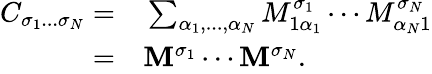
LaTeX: \begin{array}{rl}{C_{\sigma_{1}...\sigma_{N}}=}&{{}\sum_{\alpha_{1},...,\alpha_{N}}M_{1\alpha_{1}}^{\sigma_{1}}\cdots M_{\alpha_{N}1}^{\sigma_{N}}}\\ {=}&{{}\mathbf{M}^{\sigma_{1}}\cdots\mathbf{M}^{\sigma_{N}}.}\end{array}